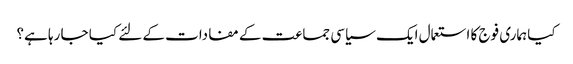
کیا ہماری فوج کا استعمال ایک سیاسی جماعت کے مفادات کے لئے کیا جا رہا ہے؟